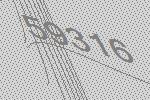
59316